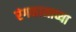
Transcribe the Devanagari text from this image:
रंगकामाच्या